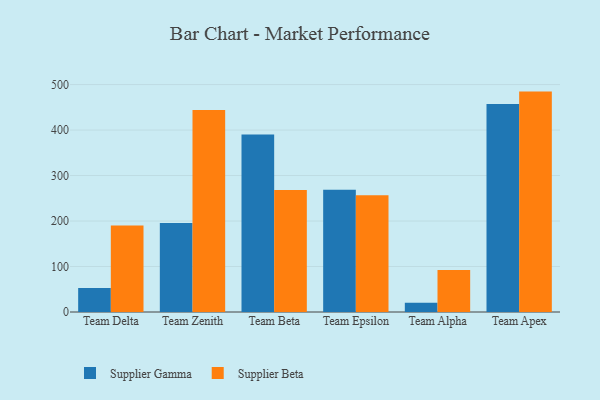
{"axis": {"x": "Team", "y": "Market Share (%)"}, "legend": ["Supplier Beta", "Supplier Gamma"], "data": [{"x": "Team Delta", "y": 52.9, "type": "Supplier Gamma"}, {"x": "Team Delta", "y": 190.2, "type": "Supplier Beta"}, {"x": "Team Zenith", "y": 195.6, "type": "Supplier Gamma"}, {"x": "Team Zenith", "y": 443.9, "type": "Supplier Beta"}, {"x": "Team Beta", "y": 390.0, "type": "Supplier Gamma"}, {"x": "Team Beta", "y": 268.0, "type": "Supplier Beta"}, {"x": "Team Epsilon", "y": 268.5, "type": "Supplier Gamma"}, {"x": "Team Epsilon", "y": 256.6, "type": "Supplier Beta"}, {"x": "Team Alpha", "y": 20.3, "type": "Supplier Gamma"}, {"x": "Team Alpha", "y": 92.5, "type": "Supplier Beta"}, {"x": "Team Apex", "y": 457.3, "type": "Supplier Gamma"}, {"x": "Team Apex", "y": 484.5, "type": "Supplier Beta"}]}